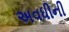
અવધીની